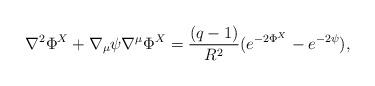
LaTeX: \begin{align*}\nabla^2\Phi^X+\nabla_\mu\psi\nabla^\mu\Phi^X=\frac{(q-1)}{R^2}(e^{-2\Phi^X}-e^{-2\psi}),\end{align*}